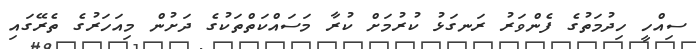
ސިއްހީ ހިދުމަތުގެ ފެންވަރު ރަނގަޅު ކުރުމަށް ކުރާ މަސައްކަތްތަކުގެ ދަށުން މިއަހަރުގެ ތެރޭގައި